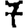
Digit: 7